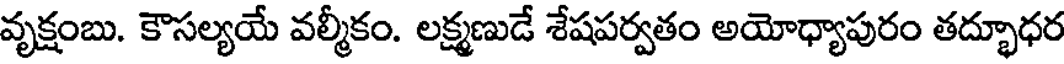
వృక్షంబు. కౌసల్యయే వల్మీకం. లక్ష్మణుడే శేషపర్వతం అయోధ్యాపురం తద్భూధర